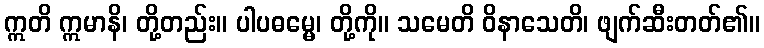
ဣတိ ဣမာနိ၊ တို့တည်း။ ပါပဓမ္မေ၊ တို့ကို။ သမေတိ ဝိနာသေတိ၊ ဖျက်ဆီးတတ်၏။